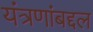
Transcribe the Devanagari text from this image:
यंत्रणांबद्दल